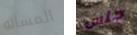
المسأله جلس